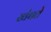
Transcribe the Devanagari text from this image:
खेचते